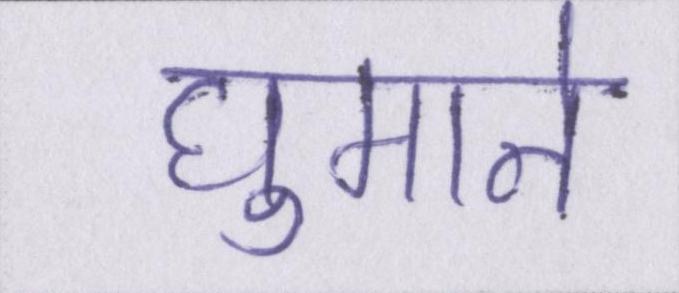
घुमाने